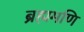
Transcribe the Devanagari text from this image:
ब्रह्ममणि